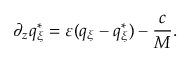
\partial _ { z } q _ { \xi } ^ { * } = \varepsilon ( q _ { \xi } - q _ { \xi } ^ { * } ) - \frac { c } { M } .